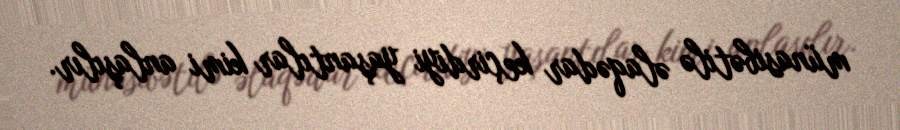
münasibətilə əlaqədar keçirdiyi yaşantılar kimi anlaşılır.